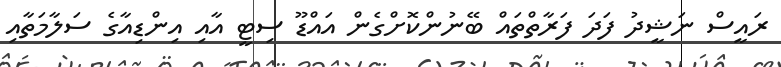
ރައީސް ނަޝީދު ފަދަ ފަރާތްތައް ބޭނުންކޮށްގެން އައްޑޫ ސިޓީ އާއި އިންޑިއާގެ ސަލާމަތާއި